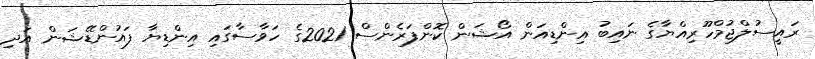
ރައީސުލްޖުމްހޫރިއްޔާގެ ނައިބު އިންޑިއަން އޯޝަން ކޮންފަރެންސް 2021ގެ ހަވާސާގައި އިންޑިޔާ ފައުންޑޭޝަން އަދި